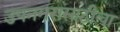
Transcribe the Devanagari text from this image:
उपनगरासाठीचा